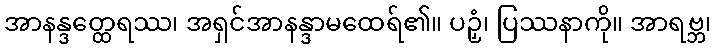
အာနန္ဒတ္ထေရဿ၊ အရှင်အာနန္ဒာမထေရ်၏။ ပဉှံ၊ ပြဿနာကို။ အာရဗ္ဘ၊